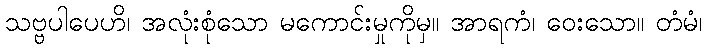
သဗ္ဗပါပေဟိ၊ အလုံးစုံသော မကောင်းမှုကိုမှ။ အာရကံ၊ ဝေးသော။ တံမံ၊